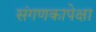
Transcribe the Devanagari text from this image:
संगणकापेक्षा